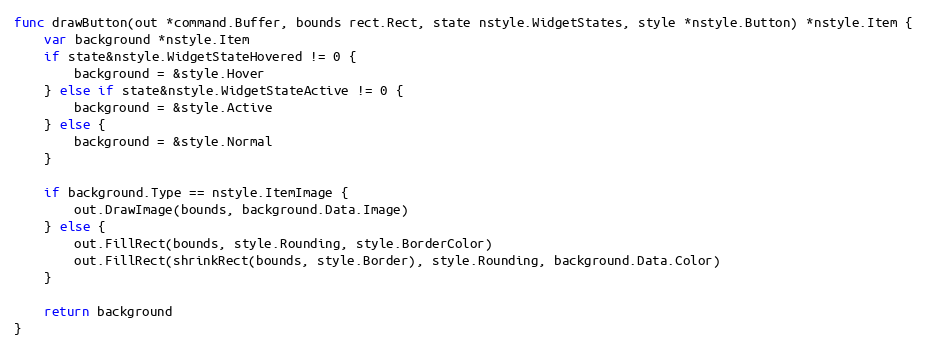
Language: Go
func drawButton(out *command.Buffer, bounds rect.Rect, state nstyle.WidgetStates, style *nstyle.Button) *nstyle.Item {
	var background *nstyle.Item
	if state&nstyle.WidgetStateHovered != 0 {
		background = &style.Hover
	} else if state&nstyle.WidgetStateActive != 0 {
		background = &style.Active
	} else {
		background = &style.Normal
	}

	if background.Type == nstyle.ItemImage {
		out.DrawImage(bounds, background.Data.Image)
	} else {
		out.FillRect(bounds, style.Rounding, style.BorderColor)
		out.FillRect(shrinkRect(bounds, style.Border), style.Rounding, background.Data.Color)
	}

	return background
}